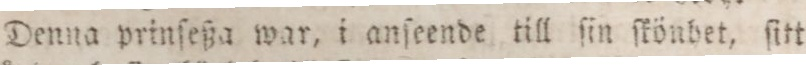
Denna prinſeßa war, i anſeende till ſin ſkönhet, ſitt